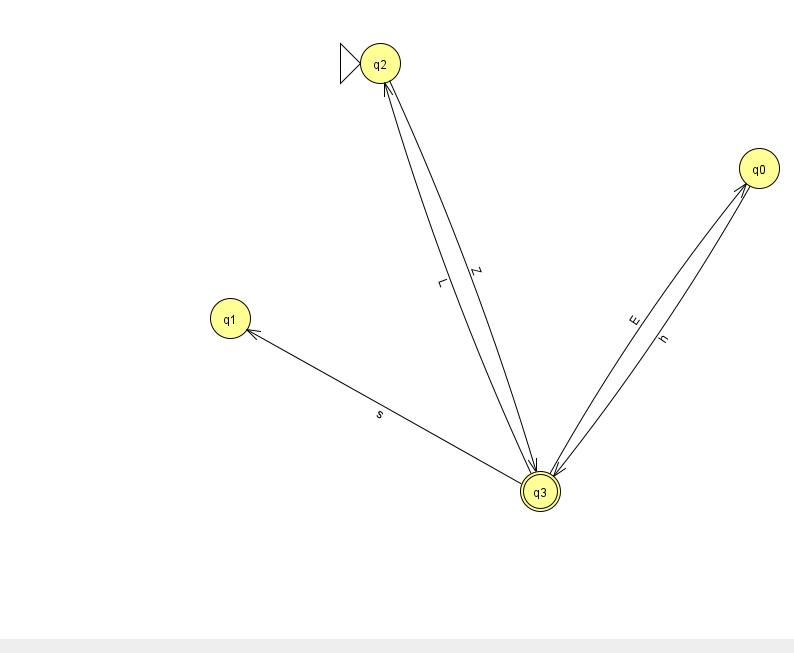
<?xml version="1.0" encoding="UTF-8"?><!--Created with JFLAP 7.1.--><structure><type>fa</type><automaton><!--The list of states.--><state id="0" name="q0"><x>759.0</x><y>155.0</y></state><state id="1" name="q1"><x>230.0</x><y>305.0</y></state><state id="2" name="q2"><x>380.0</x><y>50.0</y><initial/></state><state id="3" name="q3"><x>540.0</x><y>478.0</y><final/></state><!--The list of transitions.--><transition><from>3</from><to>0</to><read>E</read></transition><transition><from>0</from><to>3</to><read>h</read></transition><transition><from>3</from><to>1</to><read>s</read></transition><transition><from>2</from><to>3</to><read>Z</read></transition><transition><from>3</from><to>2</to><read>L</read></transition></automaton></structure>